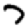
Digit: 7